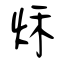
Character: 秌